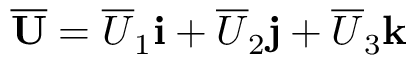
\mathbf { \overline { { U } } } = \overline { { U } } _ { 1 } \mathbf { i } + \overline { { U } } _ { 2 } \mathbf { j } + \overline { { U } } _ { 3 } \mathbf { k }